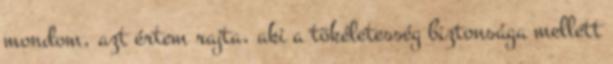
mondom, azt értem rajta, aki a tökéletesség biztonsága mellett